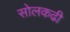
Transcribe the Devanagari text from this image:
सोलकढी